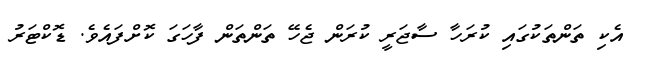
އެކި ތަންތަކުގައި ކުރަހާ ސާޖަރީ ކުރަން ޖެހޭ ތަންތަން ފާހަގަ ކޮށްފައެވެ. ޑޮކްޓަރު